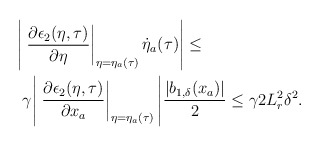
\begin{align*}\begin{aligned}\Bigg|&\left.\dfrac{\partial \epsilon_2(\eta,\tau)}{\partial \eta}\right|_{\eta = \eta_a(\tau)} \dot{\eta}_a(\tau)\Bigg| \le \\&\gamma\Bigg|\left.\dfrac{\partial \epsilon_2(\eta,\tau)}{\partial x_a}\right|_{\eta = \eta_a(\tau)}\Bigg| \dfrac{|b_{1,\delta}(x_a)|}{2} \le \gamma 2 L_r^2 \delta^2. \end{aligned}\end{align*}